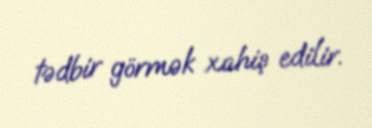
tədbir görmək xahiş edilir.